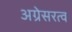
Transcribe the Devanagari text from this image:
अग्रेसरत्व